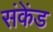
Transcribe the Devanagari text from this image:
संकेंड